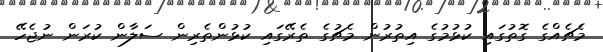
މެޗެއްގެ ގޮތުގައި ކުޅުމުގެ އިތުރުން މެޗުގެ ތެރޭގައި ކުޅުންތެރިން ސަލާން ކުރަން ނުޖެހޭ